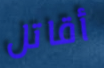
أقاتل